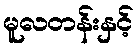
မူလတန်းနှင့်